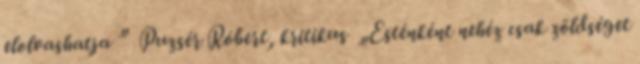
elolvashatja ” Puzsér Róbert, kritikus „Esténként nehéz csak zöldséget